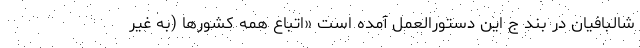
شالبافیان در بند ج این دستورالعمل آمده است «اتباع همه کشورها (به غیر